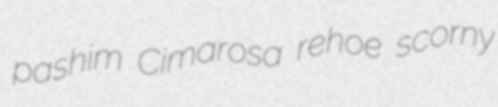
pashim Cimarosa rehoe scorny